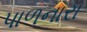
પાળનારા